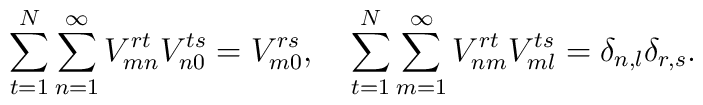
\sum_{t=1}^N \sum_{n=1}^\infty V_{mn}^{rt}V_{n0}^{ts}=V_{m0}^{rs},\ \ \ \sum_{t=1}^N \sum_{m=1}^\infty V_{nm}^{rt}V_{ml}^{ts}=\delta_{n,l}\delta_{r,s}.